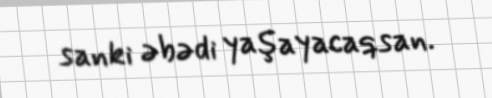
sanki əbədi yaşayacaqsan.